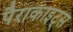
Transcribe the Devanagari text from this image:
पैराकाइट्स